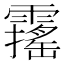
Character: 𩆋